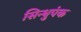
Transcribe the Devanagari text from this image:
सिन्धुपंक